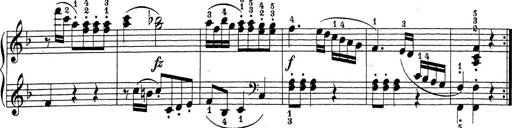
Title: Sonatina Album
Composer: Louis KÃ¶hler